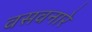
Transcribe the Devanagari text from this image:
वसवनारे